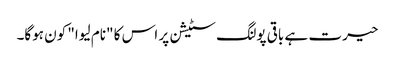
حیرت ہے باقی پولنگ سٹیشن پر اس کا "نام لیوا" کون ہوگا۔